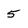
Character: 5